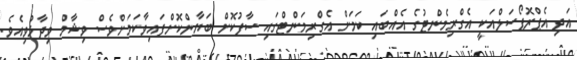
އަދި އެޕްރޮޕޯސަލްއަކީ އެގްރިމެންޓުގެ އެއްބައި ކަމަށް އެގްރިމަންޓްގައި ސާފުކޮށް ބަޔާންކޮށްފައިވާކަމަށްވެސް ވިޝާމް ވިދާޅުވިއެވެ.